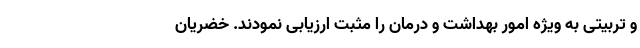
و تربیتی به ویژه امور بهداشت و درمان را مثبت ارزیابی نمودند. خضریان